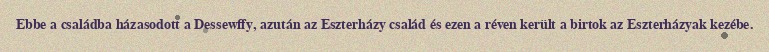
Ebbe a családba házasodott a Dessewffy, azután az Eszterházy család és ezen a réven került a birtok az Eszterházyak kezébe.